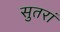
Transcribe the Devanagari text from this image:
सुतरां